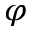
\varphi